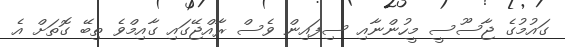
ގައުމުގެ ޖާސޫސީ މީހުންނާއި ސިފައިން ވެސް ރާއްޖޭގައި ގާއިމްވެ ތިބޭ ގޮތަށް އެ